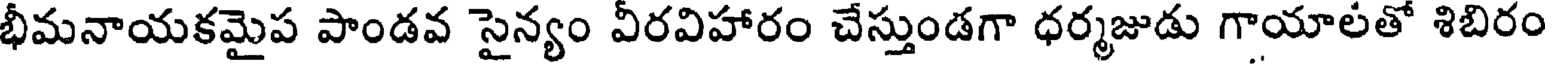
భీమనాయకమైప పాండవ సైన్యం వీరవిహారం చేస్తుండగా ధర్మజుడు గాయాలతో శిబిరం